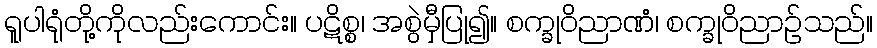
ရူပါရုံတို့ကိုလည်းကောင်း။ ပဋိစ္စ၊ အစွဲမှီပြု၍။ စက္ခုဝိညာဏံ၊ စက္ခုဝိညာဉ်သည်။